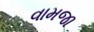
વામજા